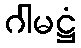
ဂါမဋ္ဌံ